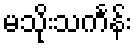
မသိုးသင်္ကန်း